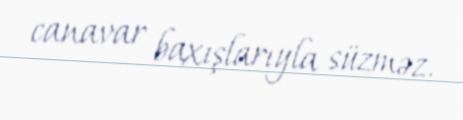
canavar baxışlarıyla süzməz.